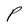
Character: P